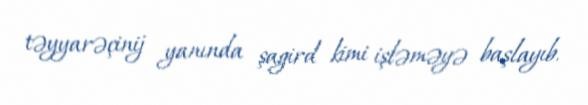
təyyarəçinij yanında şagird kimi işləməyə başlayıb.